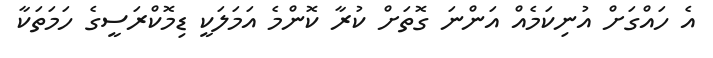
އެ ހައްގަށް އުނިކަމެއް އަންނަ ގޮތަށް ކުރާ ކޮންމެ އަމަލަކީ ޑިމޮކްރަސީގެ ހަމަތަކާ